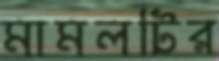
মামলটির